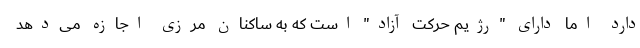
دارد اما دارای "رژیم حرکت آزاد" است که به ساکنان مرزی اجازه می‌دهد